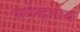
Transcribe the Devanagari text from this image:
भवेन्द्रनाथ